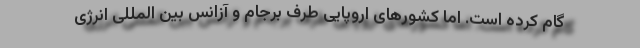
گام کرده است. اما کشورهای اروپایی طرف برجام و آزانس بین المللی انرژی